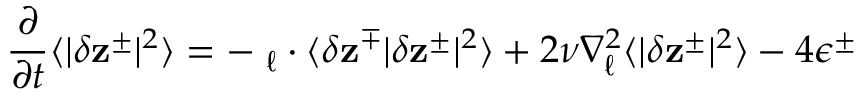
\displaystyle \frac { \partial } { \partial t } \langle | \delta \mathbf { z } ^ { \pm } | ^ { 2 } \rangle = - \mathbf { \nabla } _ { \boldsymbol { \ell } } \cdot \langle \delta \mathbf { z } ^ { \mp } | \delta \mathbf { z } ^ { \pm } | ^ { 2 } \rangle + 2 \nu \nabla _ { \boldsymbol { \ell } } ^ { 2 } \langle | \delta \mathbf { z } ^ { \pm } | ^ { 2 } \rangle - 4 \epsilon ^ { \pm }